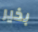
بخير